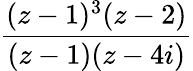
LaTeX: \frac{(z-1)^{3}(z-2)}{(z-1)(z-4i)}